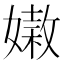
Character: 𡡵